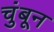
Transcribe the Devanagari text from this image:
चुंबून